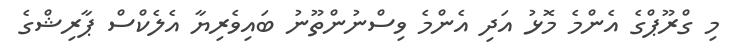
މި ގްރޫޕްގެ އެންމެ މޮޅު އަދި އެންމެ ވިސްނުންތޫނު ބައިވެރިޔާ އެލެކްސް ޕާރިޝްގެ